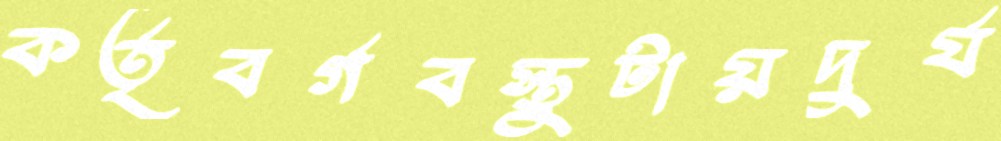
কর্তৃবর্গবস্তুটায়দুর্য